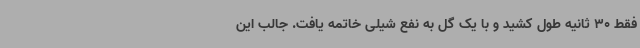
فقط 30 ثانیه طول کشید و با یک گل به نفع شیلی خاتمه یافت. جالب این